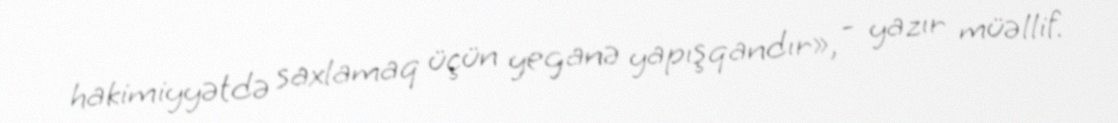
hakimiyyətdə saxlamaq üçün yeganə yapışqandır», - yazır müəllif.